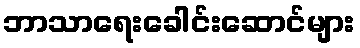
ဘာသာရေးခေါင်းဆောင်များ